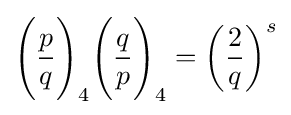
{\Bigg (}{\frac {p}{q}}{\Bigg )}_{4}{\Bigg (}{\frac {q}{p}}{\Bigg )}_{4}=\left({\frac {2}{q}}\right)^{s}